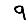
Digit: 9